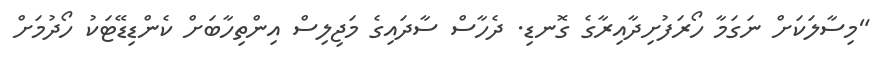
"މިސާލަކަށް ނަގަމާ ހޯރަފުށިދާއިރާގެ ގޮނޑި. ދެހާސް ސާދައިގެ މަޖިލިސް އިންތިހާބަށް ކެންޑިޑޭޓަކު ހޯދުމަށް